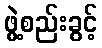
ဖွဲ့စည်းခွင့်